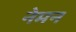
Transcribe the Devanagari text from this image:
नेमन